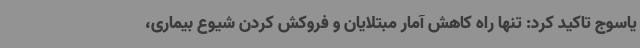
یاسوج تاکید کرد: تنها راه کاهش آمار مبتلایان و فروکش کردن شیوع بیماری،